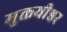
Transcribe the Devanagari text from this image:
मुक्तयीश्वर